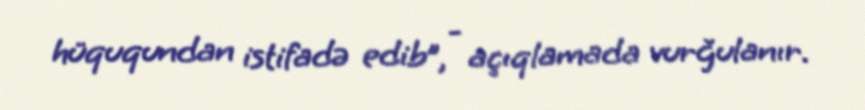
hüququndan istifadə edib”, - açıqlamada vurğulanır.